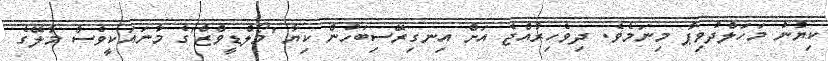
ކިޔުނު މަހަލްދުވިޕާ މިނަމެވެ. ދިވެހިރާއްޖެ އަށް އިނގިރޭސިބަހުން ކިޔާ 'މޯލްޑީވްޒް'ގެ މާނައަކީވެސް މާލޭގެ